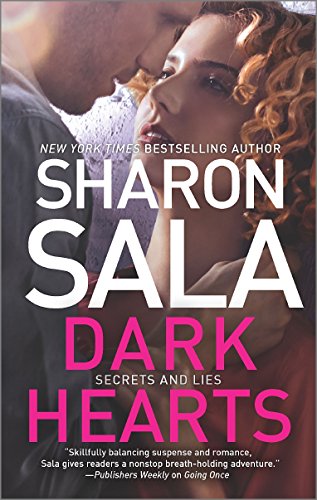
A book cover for Dark Hearts (Secrets and Lies); Sharon Sala; Romance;